65_HS1-834228961_62-HQ-83894_Section_9
Agency: FBI
Page 219
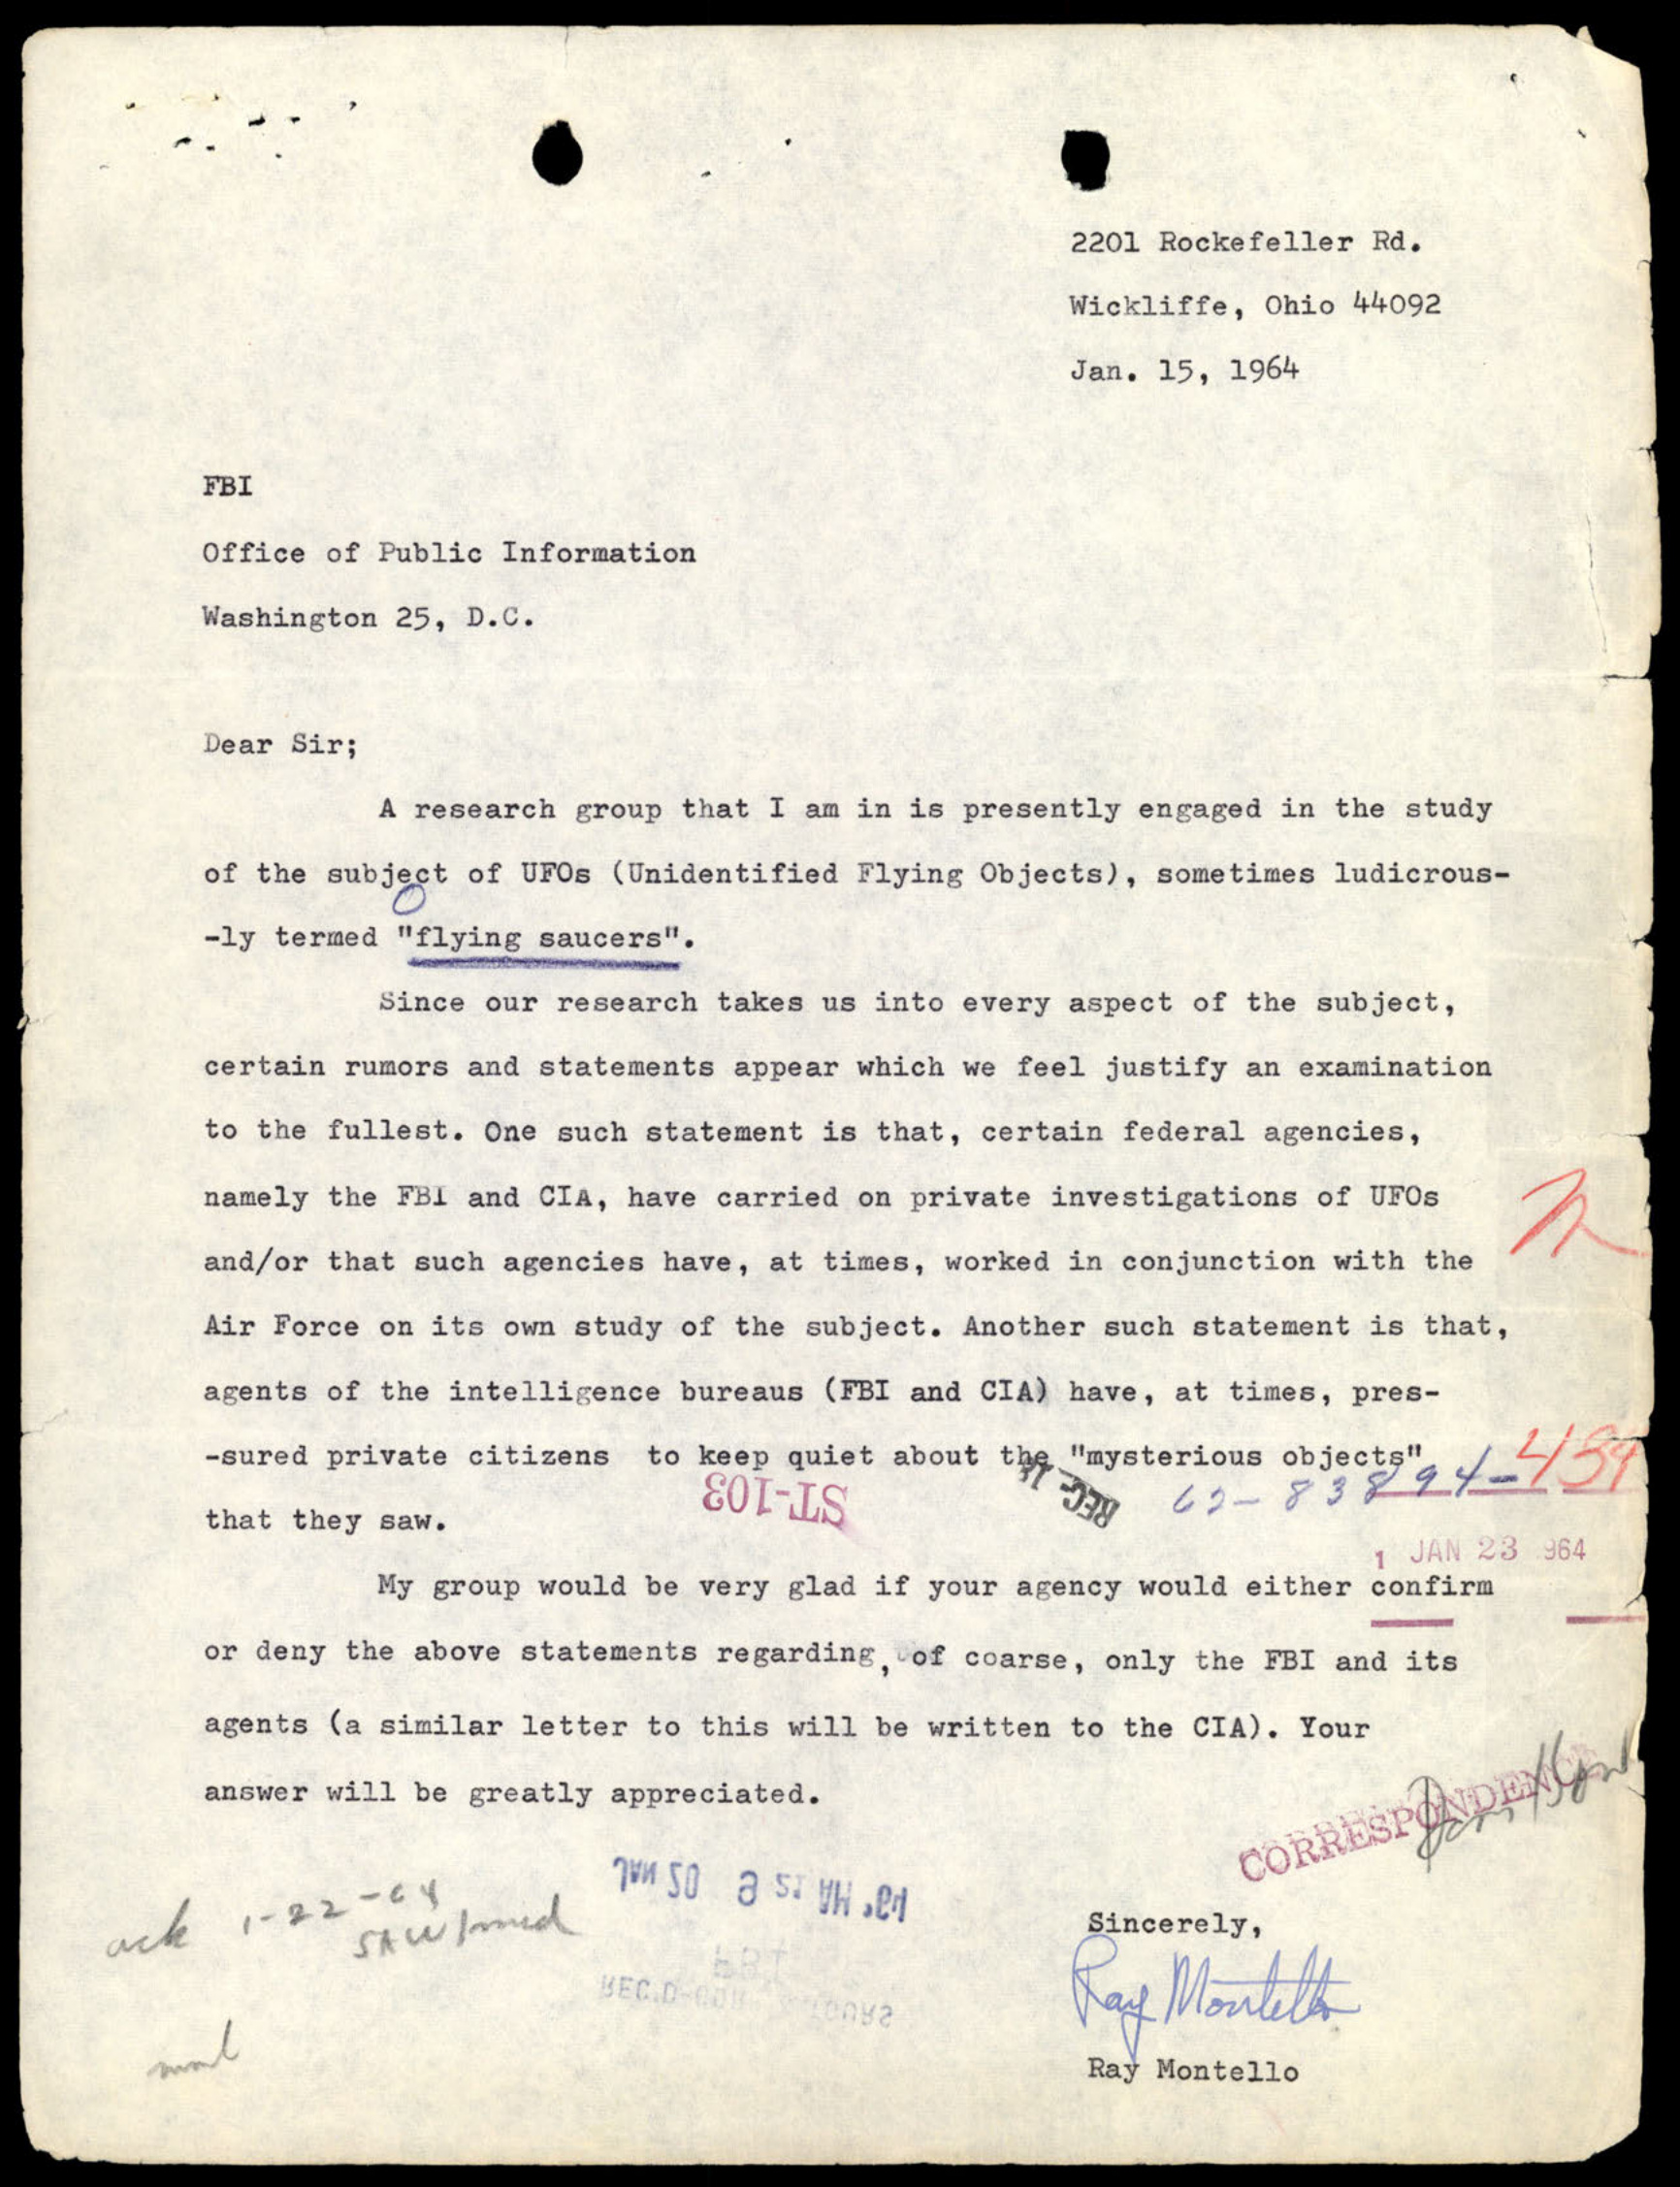